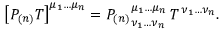
\left[ P _ { ( n ) } T \right] ^ { \mu _ { 1 } \ldots \mu _ { n } } = { P _ { ( n ) } } _ { \nu _ { 1 } \ldots \nu _ { n } } ^ { \mu _ { 1 } \ldots \mu _ { n } } \, T ^ { \, \nu _ { 1 } \ldots \nu _ { n } } .